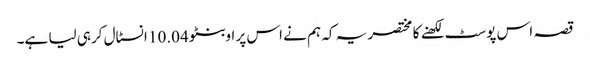
قصہ اس پوسٹ لکھنے کا مختصر یہ کہ ہم نے اس پر اوبنٹو 10.04 انسٹال کرہی لیا ہے۔